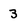
Character: 3